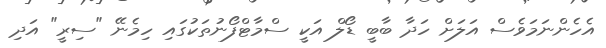
އެހެންނަމަވެސް އަލަށް ހަދާ ބާބީ ޑޯލް އަކީ ސްމާޓްފޯނުތަކުގައި ހިމެނޭ "ސިރީ" އަދި